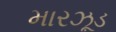
મારઝૂડ